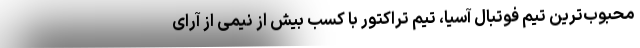
محبوب‌ترین تیم فوتبال آسیا، تیم تراکتور با کسب بیش از نیمی از آرای